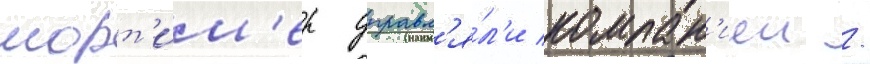
морт'им'ер управл'я́л'и компан'иеи /